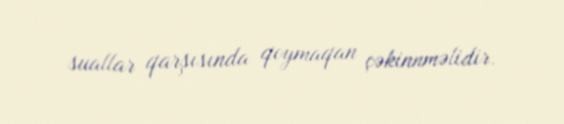
suallar qarşısında qoymaqan çəkinnməlidir.